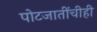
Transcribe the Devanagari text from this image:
पोटजातींचीही